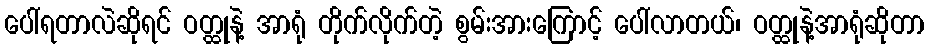
ပေါ်ရတာလဲဆိုရင် ဝတ္ထုနဲ့ အာရုံ တိုက်လိုက်တဲ့ စွမ်းအားကြောင့် ပေါ်လာတယ်၊ ဝတ္ထုနဲ့အာရုံဆိုတာ